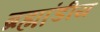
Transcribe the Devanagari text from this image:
ब्रह्म़ा़ंडीय